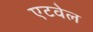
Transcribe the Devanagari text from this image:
एटवेल